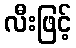
လီးဖြင့်